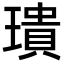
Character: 璝